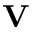
\textbf { V }